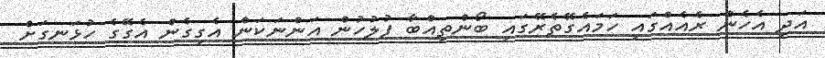
އަދި އެހެން ރެއެއްގައި ހަމައެގޭތެރޭގައި ބޯންތިއްބާ ފުލުހުން އަންނަކަން އެގިގެން އެގޭގެ ހުޅަނގަށް